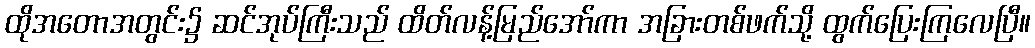
ထိုအတောအတွင်း၌ ဆင်အုပ်ကြီးသည် ထိတ်လန့်မြည်အော်ကာ အခြားတစ်ဖက်သို့ ထွက်ပြေးကြလေပြီ။